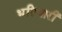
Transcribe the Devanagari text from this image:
भटियारी